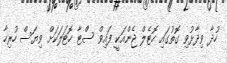
ހުދާ ވިދާޅުވި ގޮތުގައި ހޮޓެލް ޖެންއަކީ ފައިވް ސްޓާ ހޮޓަލަކަށް ވިޔަސް ހުރިހާ